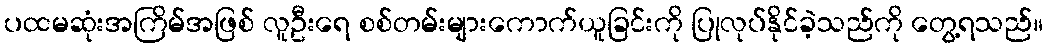
ပထမဆုံးအကြိမ်အဖြစ် လူဦးရေ စစ်တမ်းများကောက်ယူခြင်းကို ပြုလုပ်နိုင်ခဲ့သည်ကို တွေ့ရသည်။